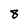
Character: 8